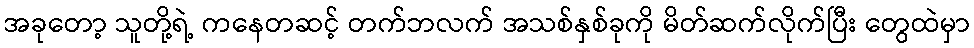
အခုတော့ သူတို့ရဲ့ ကနေတဆင့် တက်ဘလက် အသစ်နှစ်ခုကို မိတ်ဆက်လိုက်ပြီး တွေထဲမှာ